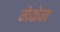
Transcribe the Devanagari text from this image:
मेकेन